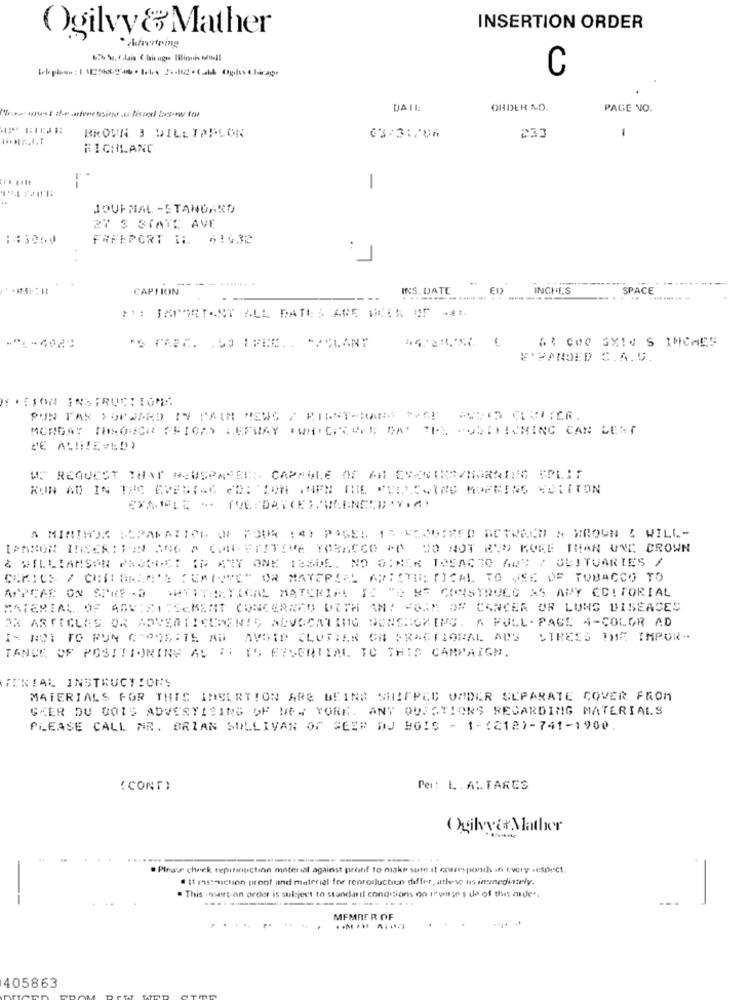
INSERTION ORDER
Ogilvy & Mather
C
.
DATE
ORDER NO.
PAGE NO.
BROWN J DILLTABLON
03:3:/06
233
RICHLANC
1
JOURNAL -STANDARD
27 3 STATE AVE
⑆⑆3060
FREEPORT IL 61632
: 1
-
CAPTION
- - .......
INS. DATE
INCHES
SPACE
-------
**: IMPORTANT ALL DATES ARE MEER UT ***
'S FAEC. . LO IPEC .. "PLANT
63 000 SX14 S INCHES
EXPANDED C.A. D.
S .TION INSTRUCTIONS
PUN TAS FORWARD IN PATH NEWS / PIENT-RANA PAGE == TO CRUITER.
MONDAY THROUGH FRIDAY LEPMAY "WHICHCOME DA' ILE POSITIONING CAN LENT
WE REQUEST THAT NOUSPASER :. CAPABLE OF AN EYENIKA/MORNING SPLIT
KON AD IN THE EVENING CD: ION WHEN THE PCRESSING MOPRING VOLTTON
IPANON INNER : FON ANG P CON- FTITIVE TOBACCO AD DO NOT RUN MORE THAN UND CROWN
& WILLIAMSON PRODUCT IN ANY ONE ISSUE. NO G: NER TOFACTO AWS / BEITUARIES /
COMICS / CHILDREN'S SERIOVE" OR MATERIAL ARISTI: [ICAL TO VSE OF TOBACCO TO
WHYITHETICAL MATERIAL IS "D &E CONSTRUCO AS AWY CC!TORIAL
APPEAR ON SPICE -D
MATERIAL OF AGVISITSCMENT CONCERNED DUTH ANY FORM OF CANCER OR LUNG DISEASES
OR ARTICLES OR ADVERTISEMENTS ADVOCATING NONSMOKING. A FULL- PAGE 4-COLOR AD
IS NOT TO FUN CHOUETTE AB AVOID CLUSTER ON FRACTIONAL ADS STRESS THE IMPOR --
TANCE OF POSITIONING AL & IS ESSENTIAL TO THIS CAMPAIGN.
FERIAL INSTRUCTIONS
MATERIALS FOR THIS INSERTION ARE BEING SHIPPED ONDER SEPARATE COVER FROM
CKER DU 0015 ADVERTISING OF NEW YORK.ANY QUESTIONS REGARDING MATERIALS
PLEASE CALL NR. BRIAN SULLIVAN OF GEER DJ BOIS - 1-(212)-741-1900.
(CONT)
Per: L. AL TARES
Ogilvyt& Mather
--
....
. Please check tenitiduction material against protif to make sure it corresponds in tovery -Espect.
@ 11 instruction proof and material for renrorluctien differ, athese us inunediately.
-
. This -nsert-on order is subject to standard conditions on reverse s de of this order.
MEMBER OF
405863